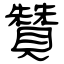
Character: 贊